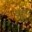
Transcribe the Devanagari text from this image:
पंथु